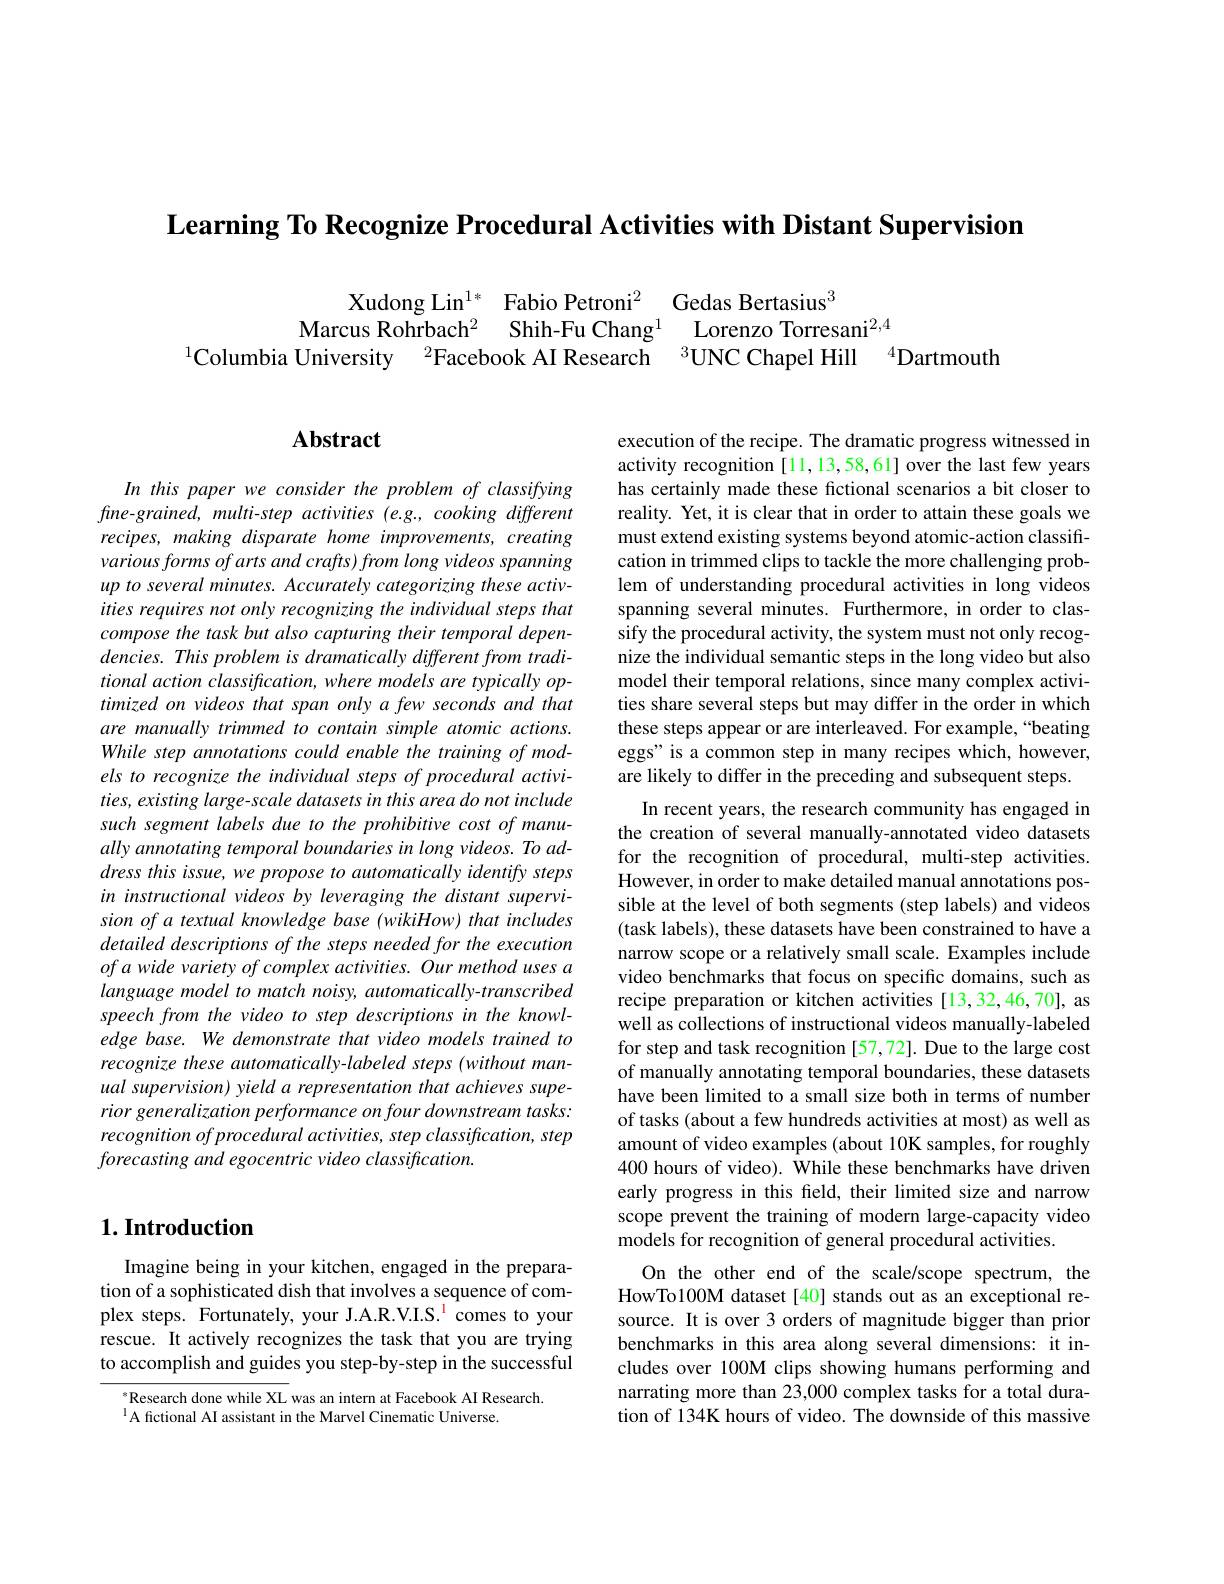
Learning To Recognize Procedural Activities with Distant Supervision

Xudong Lin$^{1*}$ Fabio Petroni$^2$ Gedas Bertasius$^{3}$
Marcus Rohrbach$^{2}$ Shih-Fu Chang$^{1}$ Lorenzo Torresani$^{2,4}$
$^{1}$Columbia University$^2\text{Facebook AI Research}^3$UNC Chapel Hill$^4$Dartmouth

## $\mathbf{Abstract}$

In this paper we consider the problem of classifying $fine-grained,multi-stepactivities(e.g.,cookingdifferent$ recipes, making disparate home improvements, creating various forms of arts and crafts) from long videos spanning up to several minutes. Accurately categorizing these activities requires not only recognizing the individual steps that compose the task but also capturing their temporal dependencies. This problem is dramatically different from traditional action classification, where models are typically optimized on videos that span only a few seconds and that are manually trimmed to contain simple atomic actions. While step annotations could enable the training of models to recognize the individual steps of procedural activities, existing large- scale datasets in this area do not include such segment labels due to the prohibitive cost of manually annotating temporal boundaries in long videos. To address this issue, we propose to automatically identify steps in instructional videos by leveraging the distant supervision of a textual knowledge base (wikiHow) that includes detailed descriptions of the steps needed for the execution $ofawidevarietyofcomplexactivities.Ourmethodusesa$ language model to match noisy, automatically-transcribed speech from the video to step descriptions in the knowledge base. We demonstrate that video models trained to recognize these automatically-labeled steps (without manual supervision) yield a representation that achieves superior generalization performance on four downstream tasks: recognition of procedural activities, step classification, step forecasting and egocentric video classification.

## $1. \textbf{Introduction}$

Imagine being in your kitchen, engaged in the preparation of a sophisticated dish that involves a sequence of complex steps. Fortunately, your J.A.R.V.I.S.$^{\mathrm{l}}$ comes to your rescue. It actively recognizes the task that you are trying to accomplish and guides you step-by-step in the successful

$^{*}$Research done while XL was an intern at Facebook AI Research.
$^{\mathrm{l}}$A fictional AI assistant in the Marvel Cinematic Universe.

execution of the recipe. The dramatic progress witnessed in activity recognition [11,13,58,61] over the last few years has certainly made these fictional scenarios a bit closer to reality. Yet, it is clear that in order to attain these goals we must extend existing systems beyond atomic-action classification in trimmed clips to tackle the more challenging problem of understanding procedural activities in long videos spanning several minutes. Furthermore, in order to classify the procedural activity, the system must not only recognize the individual semantic steps in the long video but also model their temporal relations, since many complex activities share several steps but may differ in the order in which these steps appear or are interleaved. For example,“beating eggs" is a common step in many recipes which, however, are likely to differ in the preceding and subsequent steps.
In recent years, the research community has engaged in the creation of several manually-annotated video datasets for the recognition of procedural, multi-step activities. However, in order to make detailed manual annotations possible at the level of both segments (step labels) and videos (task labels), these datasets have been constrained to have a narrow scope or a relatively small scale. Examples include video benchmarks that focus on specific domains, such as recipe preparation or kitchen activities [13,32,46,70], as well as collections of instructional videos manually-labeled for step and task recognition [57,72]. Due to the large cost of manually annotating temporal boundaries, these datasets have been limited to a small size both in terms of number of tasks (about a few hundreds activities at most) as well as amount of video examples (about 10K samples, for roughly 400 hours of video). While these benchmarks have driven early progress in this feld, their limited size and narrow scope prevent the training of modern large-capacity video models for recognition of general procedural activities.
On the other end of the scale/scope spectrum, the HowTo100M dataset [40] stands out as an exceptional resource. It is over 3 orders of magnitude bigger than prior benchmarks in this area along several dimensions: it includes over 100M clips showing humans performing and narrating more than 23,000 complex tasks for a total duration of 134K hours of video. The downside of this massive